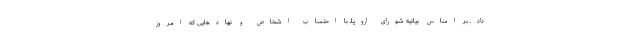
داد. بر اساس بیانیه شورای اروپا، با احتساب اشخاص و نهادهایی که امروز